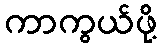
ကာကွယ်ဖို့